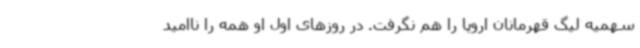
سهمیه لیگ قهرمانان اروپا را هم نگرفت. در روزهای اول او همه را ناامید